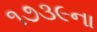
૧૭૩૯ના